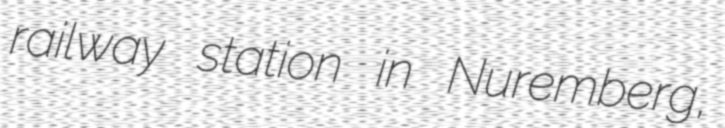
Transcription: railway station in Nuremberg,